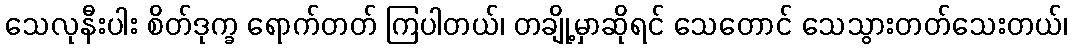
သေလုနီးပါး စိတ်ဒုက္ခ ရောက်တတ် ကြပါတယ်၊ တချို့မှာဆိုရင် သေတောင် သေသွားတတ်သေးတယ်၊